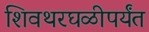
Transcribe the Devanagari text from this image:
शिवथरघळीपर्यंत